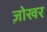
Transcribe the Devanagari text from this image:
ज़ोखर